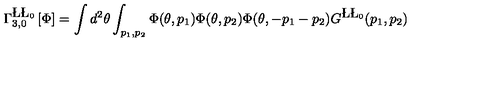
\Gamma _ { 3 , 0 } ^ { \L \L _ { 0 } } \left[ \Phi \right] = \int d ^ { 2 } \theta \int _ { p _ { 1 } , p _ { 2 } } \Phi ( \theta , p _ { 1 } ) \Phi ( \theta , p _ { 2 } ) \Phi ( \theta , - p _ { 1 } - p _ { 2 } ) G ^ { \L \L _ { 0 } } ( p _ { 1 } , p _ { 2 } )